Sanitation, dispensaries and jails vaccination Rajputana 1922-1927 - 1922-1927
Year: 1922
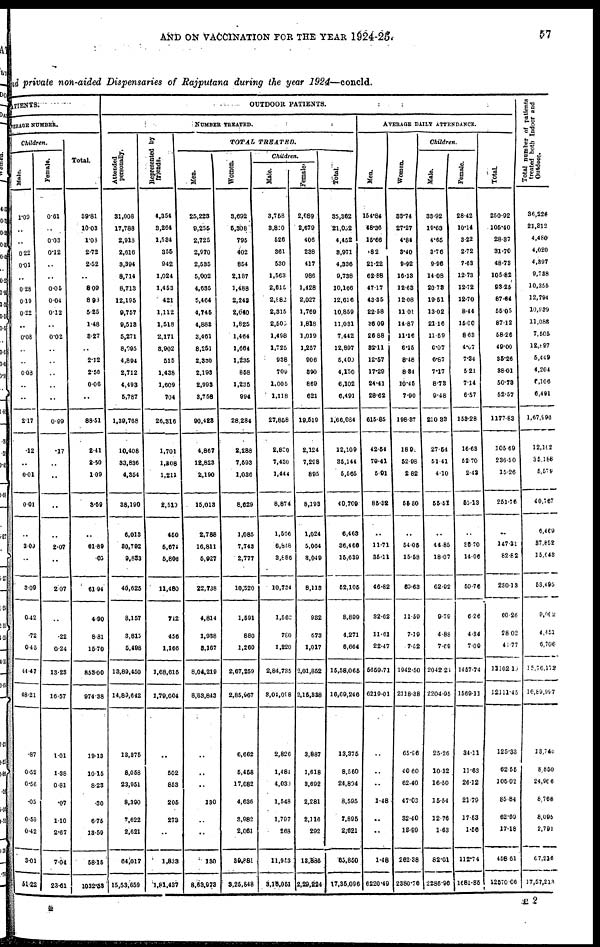
AND ON VACCINATION FOR THE YEAR 1924-25.
57
and private non-aided Dispensaries of Rajputana during the year 1924—concld.
ATIENTS.
VERAGE NUMBER.
Children.
Male.
1. 09
..
..
0.22
0.01
..
0.28
0.19
0.22
..
0.08
..
..
0.03
..
..
217
.12
..
0.01
0.01
..
3.09
..
3.09
0.42
.72
0.45
44.47
48.21
.87
0.52
0.56
.05
0.59
0.42
3.01
51.22
Female.
0.61
..
0.03
0.12
..
..
0.05
0.04
0.12
..
0.02
..
..
..
..
..
0.99
.17
..
..
..
..
2.07
..
2.07
..
.22
0.24
13.23
16.57
1.01
1.88
0.81
.07
1.10
2.67
7.04
23.01
Total.
39.81
10.03
1.03
2.72
2.52
..
8.09
8.93
5.25
1.48
8.27
..
2.12
2.56
0.06
..
88.51
2.41
2.50
1.09
3.59
..
61.89
.05
61.94
4.90
8.81
15.70
853.00
974.38
10.13
10.15
8.23
.30
6.75
13.59
58.15
1032.58
OUTDOOR PATIENTS.
NUMBER TREATED.
Attended
personally.
31,008
17,788
2,918
2,616
3,394
8,714
8,713
12,195
9,757
9,518
5,271
8,095
4,804
2,712
4,493
5,787
1,39,768
10,408
33,836
4,354
38,190
6,013
30,792
9,883
40,625
8,157
3,815
5,498
13,89,450
14,89,642
13,375
8,058
23,951
8,390
7,622
2,621
64,017
15,53,659
Represented by
friends.
4,354
3,264
1,584
355
942
1,024
1,453
421
1,112
1,518
2,171
3,902
515
1,438
1,609
704
26,316
1,701
1,808
1,211
2,519
450
5,671
5,806
11,480
742
456
1,166
1,68,615
1,70,604
..
502
853
205
273
..
1,833
1,81,437
TOTAL
TREATED.
Men.
25,223
9,255
2,725
2,970
2,535
5,002
4,635
5,464
4,745
4,883
3,461
8,251
2,330
2,193
2,993
3,758
90,428
4,867
12,823
2,190
15,013
2,788
16,811
6,927
22,738
4,814
1,938
8,167
8,04,219
8,63,843
..
..
..
130
..
..
130
8,63,978
Women.
3,692
5,308
705
402
854
2,187
1,488
2,243
2,040
1,825
1,464
1,664
1,235
858
1,235
994
28,284
2,288
7,593
1,036
8,629
1,085
7,743
2,777
10,320
1,591
880
1,260
2,67,259
2,85,967
6,662
5,468
17,082
4,636
3,982
2,061
39,881
3,26,848
Children.
Male.
3,758
3,810
526
361
530
1,563
2,615
2,882
2,315
2,505
1,498
1,725
938
709
1,005
1,118
27,858
2,830
7,430
1,444
8,874
1,566
6,848
3,886
10,734
1,562
780
1,220
2,64,735
3,04,098
2,826
1,481
4,030
1,548
1,797
268
11,953
3,16,051
Female.
2,689
2,679
406
238
417
986
1,428
2,027
1,769
1,818
1,019
1,257
906
890
869
621
19,519
2,124
7,298
895
8,193
1,024
5,064
8,049
8,113
982
673
1,017
2,01,652
2,15,338
3,887
1,618
3,692
2,281
2,116
292
18,836
2,29,224
Total.
35,362
21,052
4,452
3,971
4,336
9,738
10,166
12,616
10,859
11,031
7,442
12,897
5,400
4,150
6,102
6,491
1,66,084
12,109
35,144
5,565
40,709
6,463
36,466
15,639
52,105
8,899
4,271
6,664
15,58,066
16,09,246
13,375
8,560
24,804
8,595
7,895
2,621
63,850
17,35,096
AVERAGE DAILY ATTENDANCE.
Men.
154.84
48.36
16.66
.82
21.22
62.88
47.17
43.35
22.58
36.09
26.88
32.11
12.57
17.29
24.41
28.62
615.85
42.54
70.41
5.91
85.32
..
11.71
35.11
46.82
32.62
11.61
22.47
5659.71
6210.01
..
..
..
1.48
..
..
1.48
6220.49
Women.
33.74
27.27
4.84
3.40
9.92
16.13
12.63
12.08
11.01
14.87
11.16
6.15
8.48
8.84
10.45
7.90
198.37
18.90
52.98
2.82
55.80
..
54.05
15.58
69.63
11.59
7.19
7.52
1942.50
2118.38
65.96
40.60
62.40
47.03
32.40
18.99
262.38
2380.76
Children.
Male.
33.92
19.63
4.65
3.76
9.96
14.08
20.78
19.51
13.02
21.16
11.59
6.07
6.67
7.17
8.73
9.48
210.33
27.54
51.41
4.10
55.51
..
44.85
18.07
62.92
9.79
4.88
7.69
2042.24
2204.95
25.26
10.32
16.50
15.54
12.76
1.63
82.01
2286.96
Female.
28.42
10.14
3.22
2.72
7.63
12.73
12.72
12.70
8.44
15.00
8.63
4.67
7.34
5.21
7.14
6.57
153.28
16.63
52.70
2.43
55.13
..
35.70
14.06
50.76
6.26
4.34
7.09
1457.74
1569.11
34.11
11.63
26.12
21.79
17.53
1.56
112.74
1681.85
Total.
250.02
105.40
28.37
31.70
48.73
105.82
93.25
87.64
55.05
87.12
58.26
49.00
35.26
38.01
50.78
52.57
1177.83
105.69
236.50
15.26
251.76
..
147.31
82.82
230.13
60.26
28.02
41.77
11102.19
12111.45
125.33
62.55
105.02
85.84
62.69
17.18
458.61
12570.06
Total number of patients
treated both Indoor and
Outdoor.
36,226
21,812
4,480.
4,020
4,897
9,788
10,358
12,794
10,839
11,088
7,505
12,897
5,449
4,204
6,106
6,491
l,67,996
12,162
35,188
5,579
40,767
6,469
37,852
15,543
58,495
9,002
4,451
6,706
15,76,l72
16,69,997
18,746
8,850
24,966
8,768
8,095
2,791
67,216
17,57,213
E2